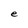
Character: e